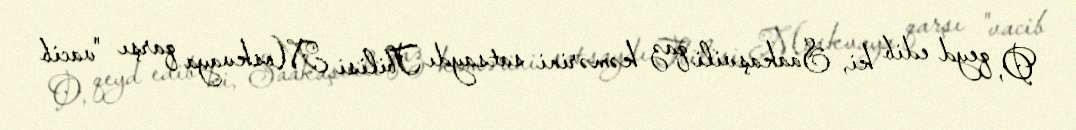
O, qeyd edib ki, Saakaşvili qaz kəmərini satsaydı Tbilisi Moskvaya qarşı "vacib